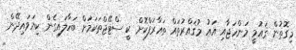
މިގޮތުން ޤައުމީ މަންހަޖާއި އައު މުޤައްރުތައް ތަޢާރަފްކޮށް ކީ ސްޓޭޖްތަކަމަށް ބަހާލައިގެން ކިޔަވައިދޭން